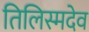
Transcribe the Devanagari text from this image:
तिलिस्मदेव